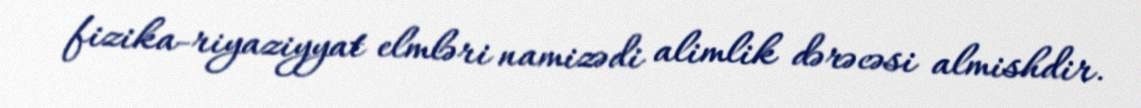
fizika-riyaziyyat elmləri namizədi alimlik dərəcəsi almishdir.